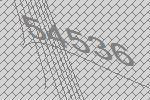
54536